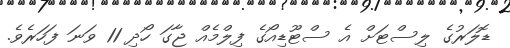
ޑޮލަރުގެ ލިސްޓަށް އެ ސްޓޫޑިއޯގެ ފިލްމެއް ޖާގަ ހޯދި 11 ވަނަ ފަހަރެވެ.